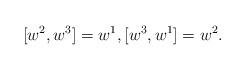
LaTeX: \begin{align*} [w^2,w^3]=w^1, [w^3,w^1]=w^2.\end{align*}